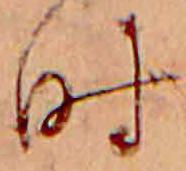
時